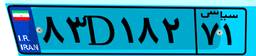
۳۱D۱۵۲۱۳